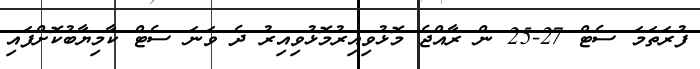
ފުރަތަމަ ސެޓް 27-25 ން ރާއްޖެ މޮޅުވިއިރުމޮޅުވިއިރު ދެ ވަނަ ސެޓް ކާމިޔާބުކޮށްފައި